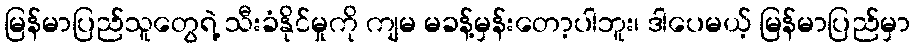
မြန်မာပြည်သူတွေရဲ့ သီးခံနိုင်မှုကို ကျမ မခန့်မှန်းတော့ပါဘူး၊ ဒါပေမယ့် မြန်မာပြည်မှာ